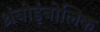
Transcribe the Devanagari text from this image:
थ्रंबोइंबोलिक